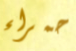
حمراء